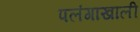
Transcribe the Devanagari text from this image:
पलंगाखाली